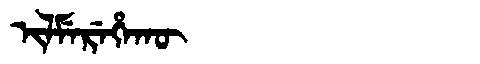
Manchu: ᡳᠯᠮᡝᡵᡝᡥᠠᡴᡡ
Romanization: ILMEREHAKŪ